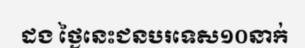
ដង ថ្ងៃនេះជនបរទេស១០នាក់